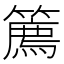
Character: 𥴱